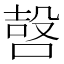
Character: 𠹢